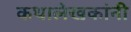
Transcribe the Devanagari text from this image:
कथालेखकांनी